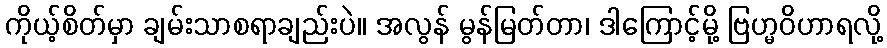
ကိုယ့်စိတ်မှာ ချမ်းသာစရာချည်းပဲ။ အလွန် မွန်မြတ်တာ၊ ဒါကြောင့်မို့ ဗြဟ္မဝိဟာရလို့